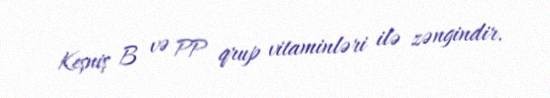
Keşniş B və PP qrup vitaminləri ilə zəngindir.